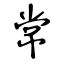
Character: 常